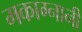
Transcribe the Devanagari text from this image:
मकाग्नानी